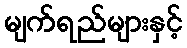
မျက်ရည်များနှင့်